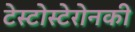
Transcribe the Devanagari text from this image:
टेस्टोस्टेरोनकी